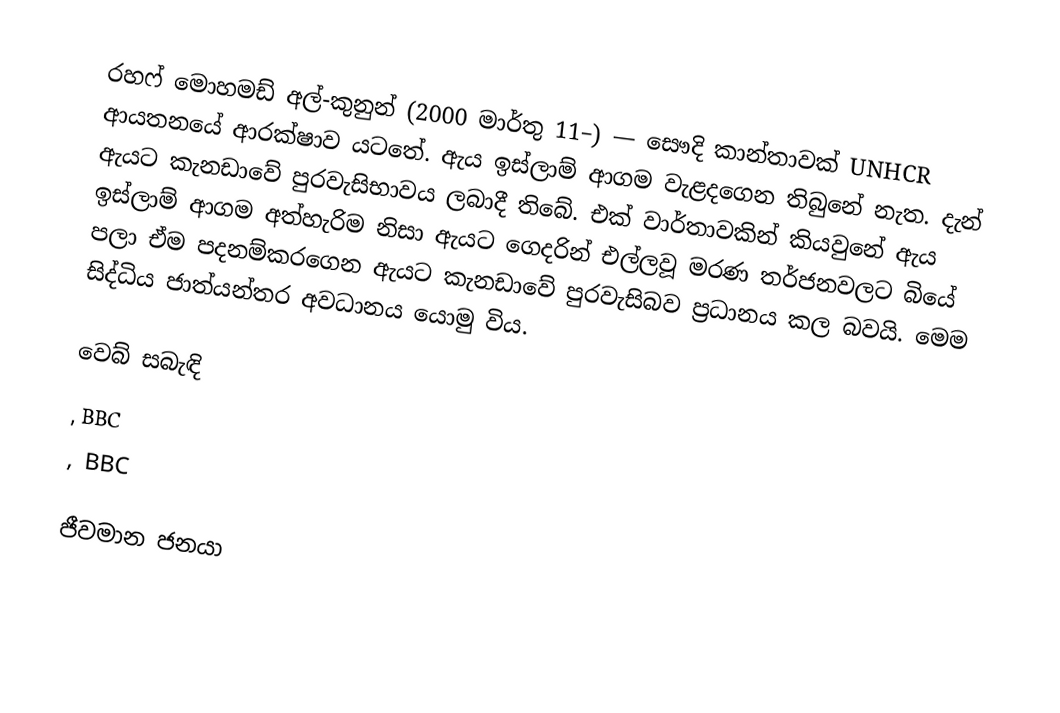
රහෆ් මොහමඩ් අල්-කුනුන් (2000 මාර්තු 11–) — සෞදි කාන්තාවක් UNHCR ආයතනයේ ආරක්ෂාව යටතේ. ඇය ඉස්ලාම් ආගම වැළදගෙන තිබුනේ නැත. දැන් ඇයට කැනඩාවේ පුරවැසිභාවය ලබාදී තිබේ. එක් වාර්තාවකින් කියවුනේ ඇය ඉස්ලාම් ආගම අත්හැරිම නිසා ඇයට ගෙදරින් එල්ලවූ මරණ තර්ජනවලට බියේ පලා ඒම පදනම්කරගෙන ඇයට කැනඩාවේ පුරවැසිබව ප්‍රධානය කල බවයි. මෙම සිද්ධිය ජාත්යන්තර අවධානය යොමු විය.

වෙබ් සබැඳි
, BBC
, BBC

ජීවමාන ජනයා